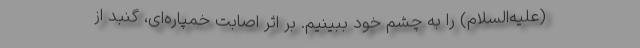
(علیه‌السلام) را به چشم خود ببینیم. بر اثر اصابت خمپاره‌ای، گنبد از